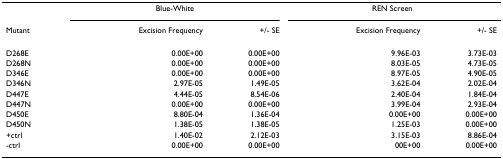
<table><thead><tr><td></td><td colspan="2"><b>Blue-White</b></td><td colspan="2"><b>REN Screen</b></td></tr><tr><td><b>Mutant</b></td><td><b>Excision Frequency</b></td><td><b>+/- SE</b></td><td><b>Excision Frequency</b></td><td><b>+/- SE</b></td></tr></thead><tbody><tr><td>D268E</td><td>0.00E+00</td><td>0.00E+00</td><td>9.96E-03</td><td>3.73E-03</td></tr><tr><td>D268N</td><td>0.00E+00</td><td>0.00E+00</td><td>8.03E-05</td><td>4.73E-05</td></tr><tr><td>D346E</td><td>0.00E+00</td><td>0.00E+00</td><td>8.97E-05</td><td>4.90E-05</td></tr><tr><td>D346N</td><td>2.97E-05</td><td>1.49E-05</td><td>3.62E-04</td><td>2.02E-04</td></tr><tr><td>D447E</td><td>4.44E-05</td><td>8.54E-06</td><td>2.40E-04</td><td>1.84E-04</td></tr><tr><td>D447N</td><td>0.00E+00</td><td>0.00E+00</td><td>3.99E-04</td><td>2.93E-04</td></tr><tr><td>D450E</td><td>8.80E-04</td><td>1.36E-04</td><td>0.00E+00</td><td>0.00E+00</td></tr><tr><td>D450N</td><td>1.38E-05</td><td>1.38E-05</td><td>1.25E-03</td><td>0.00E+00</td></tr><tr><td>+ctrl</td><td>1.40E-02</td><td>2.12E-03</td><td>3.15E-03</td><td>8.86E-04</td></tr><tr><td>-ctrl</td><td>0.00E+00</td><td>0.00E+00</td><td>00E+00</td><td>0.00E+00</td></tr></tbody></table>